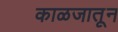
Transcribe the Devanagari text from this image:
काळजातून